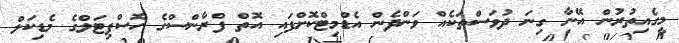
މީގެއިތުރުން އޭނާ ގިނަ ދުވަސްތަކެއް ވަންދެން އެޑްމިޓްކޮށްފައި އޮތް ފްރާންސްގެ ހޮސްޕިޓަލްގެ މެޑިކަލް